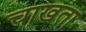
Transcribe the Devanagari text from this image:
चाखता